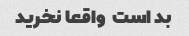
بد است  واقعا نخرید